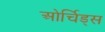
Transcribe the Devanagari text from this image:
ओर्चिड्स